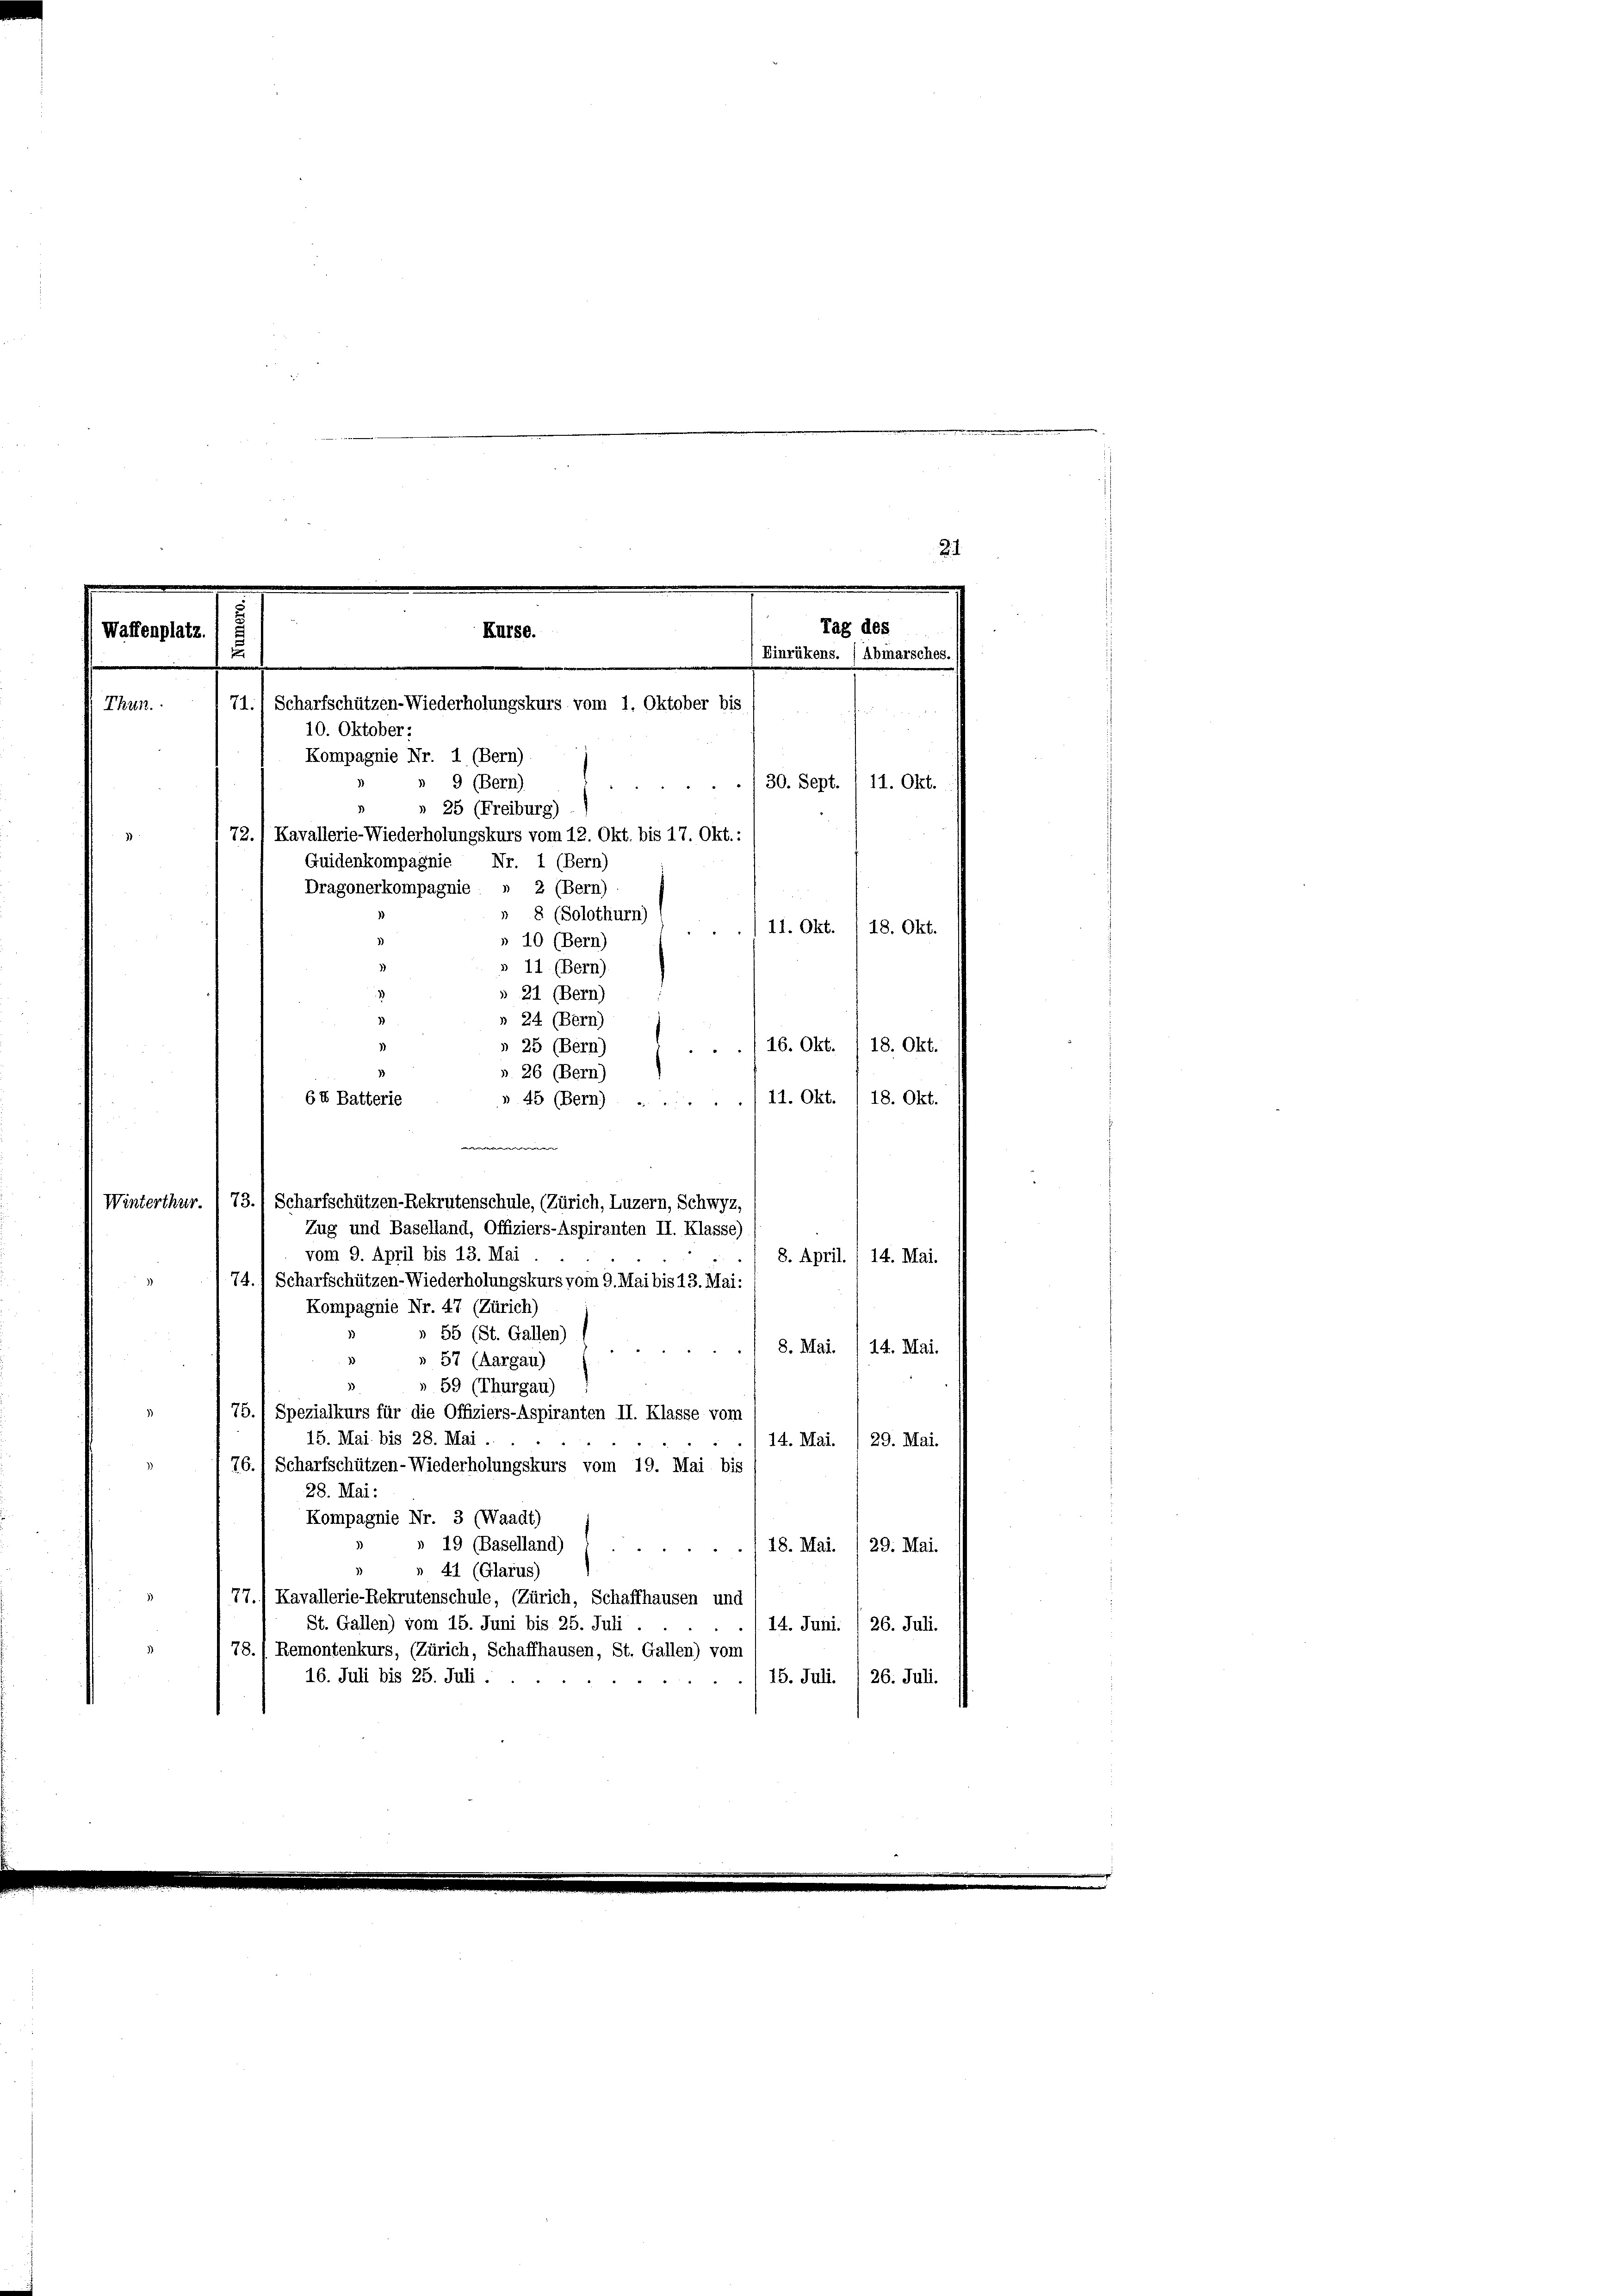
21
e
Tag des
Kurse.
Waffenplatz.
.
Einrükens. (Abmarsches
71.) Scharfschützen-Wiederholungskurs vom 1. Oktober bis
Thun.
10. Oktober:

Kompagnie Nr. 1 (Bern).
» 9 (Bern)
30. Sept./11. Okt.
» 25 (Freiburg)
72.) Kavallerie-Wiederholungskurs vom 12. Okt. bis 17. Okt.:
Guidenkompagnie Nr. 1 (Bern)
Dragonerkompagnie : » 2 (Bern)
» 8 (Solothurn)
11. Okt. I 18. Okt.
» 10 (Bern)
11. (Bern)
3
 21 (Bern)
 24 (Bern)
16. Okt. 118. Okt.
» 25 (Bern)
» 26 (Bern)
11. Okt. 118. Okt.
6 X Batterie
» 45 (Bern)
w
Winterthur.  73. Scharfschützen-Rekrutenschule, (Zürich, Luzern, Schwyz,
vom 9. April bis 13. Mai
8. April. / 14. Mai.
74.1 Scharfschützen-Wiederholungskurs vom 9. Mai bis 13. Mai:
Kompagnie Nr. 47 (Zürich)
» 55 (St. Gallen)
8. Mai. /14. Mai.
» 57 (Aargau)
» 59 (Thurgau)
75. 1 Spezialkurs für die Offiziers-Aspiranten II. Klasse vom
15. Mai bis 28. Mai.
14. Mai. /29. Mai.
76. 1 Scharfschützen-Wiederholungskurs vom 19. Mai bis
28. Mai:
Kompagnie Nr. 3 (Waadt)
» 19 (Baselland)
.118. Mai. / 29. Mai.
41 (Glarus)
.
77.) Kavallerie-Rekrutenschule, (Zürich, Schaffhausen und
St. Gallen) vom 15. Juni bis 25. Juli
14. Juni. / 26. Juli.
78./ Remontenkurs, (Zürich, Schaffhausen, St. Gallen) vom
16. Juli bis 25. Juli.
15. Juli.  26. Juli.

Zug und Baselland, Offiziers-Aspiranten II. Klasse)